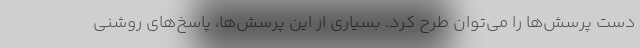
دست پرسش‌ها را مي‌توان طرح كرد. بسياري از اين پرسش‌ها، پاسخ‌هاي روشني